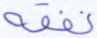
نفقه